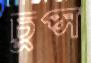
চুপ্‌স